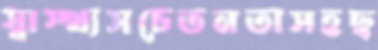
স্বাস্থ্যসচেতনতাসহছ